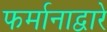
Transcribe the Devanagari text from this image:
फर्मानाद्वारे